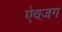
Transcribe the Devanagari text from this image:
ऐवज़ग